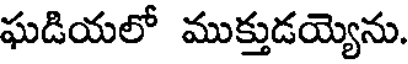
ఘడియలో ముక్తుడయ్యెను.